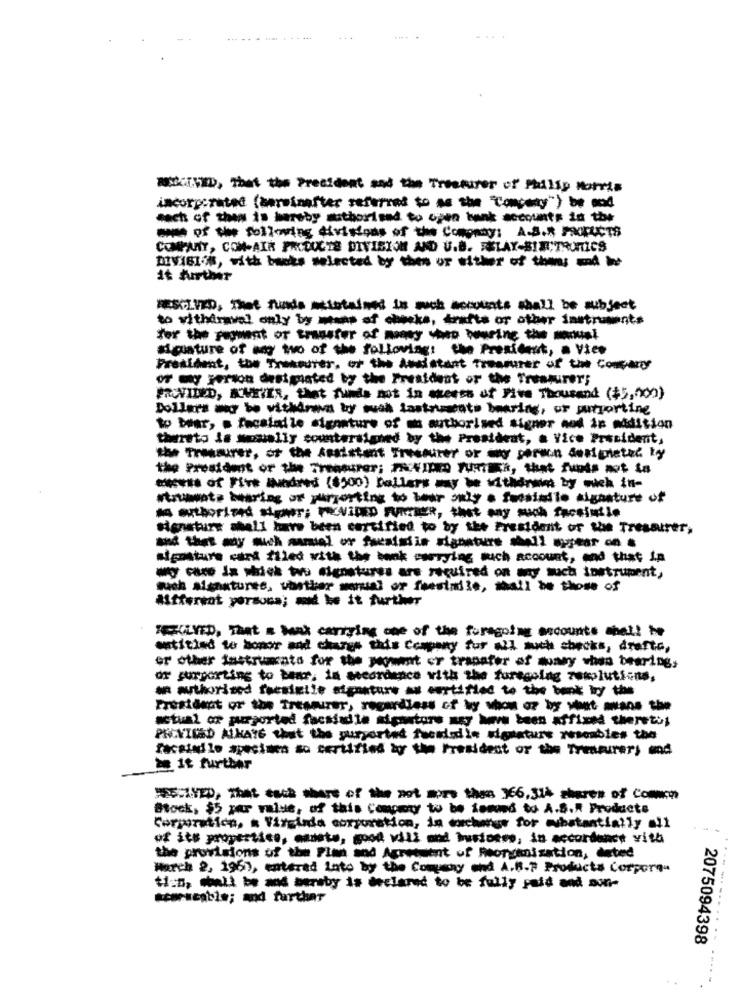
-------- ----
WED, That the President and the Treeturer of Philip Morris
incorporated (sarsinafter referred to as the "Company") be mod
mach of the is hereby authorised to open bank accounts in the
COMPANY, COM-AIR PRODUCTS DIVISION AND U.B. RELAY-BIECTRONICS
DIV181-6, with buks selected by the ur either of the - -
it further
SLIKD, Thet funds =etstained in such accounts shall be subject
to vithiravel only by means of checks, drafts or other Instruments
sigature of any two of the following: the President, a Vice
President, the Theeurer, of the deadstant treasurer of the company
of Frion designated by the President or the Treasurer;
PROVIDED, KURIER, that funds not in excess of Five Thousand (15,000)
Dollars way to withdrawn by wall instruments bearing, of purporting
to bear, . fecalale signature of un authorised signer nod is midition
thereto is soually countersigned by the President, a Vice President,
the Treasurer, of the Assistent Tressurer or why porwn denpatel Łyy
the President or the Treasurer; PRIXIDED FURTHER, that funds mot ta
**** of i indred ($500) ballers may be vithere by mich in-
struwota bwaring of purporting to bear only . fucsiadle signature of
As authorized signer; NeVIDED RITTER, that may such facciniio
signature shall have been certified to by the President of the Tressurer,
signature cart filed with the bank currying sich account, and that in
my site is which two signatures are required on any such instrument,
such algastures, wasthere manual of feesimile, mall be those of
Afferent persona; mid ke it further
KEYED, That a Mat carrying one of the foregoing accounts -el! -
entitled to honor and chares this Company fur all such checks, drafts,
or other instrumento for the moment er transfer of muy when tearing,
or supporting to bear, in medrdence with the foregoing 7wkolutions,
an authorized faceikile aperture as certified to the book by the
President of the Treasurer, regardless of by whom or by wont mans the
actual of purported facsiadla signature ssy have been affixed therets;
PROVIDED AlKATE that the purported facciodie signature resembles the
facatadlo specimen so certified by the President or the Treasurers mnd
2 it further
Stock, $5 par value, of this Compoty to be iomund to A.S.R Products
Corporation, a Virginda corporation, in exchange for substantially =11
of its properties, masete, good vili ond Fusiones, in accordance vith
the provisions of the Plan and Agreement of Reorganisation, debed
March 2, 1961, entered Into by the Company end A.B.7 Products Corpore-
tics, shall be and seraby is declared to be fully paid and sun-
scorscable; ad farthar
2075094398